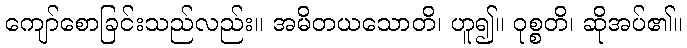
ကျော်စောခြင်းသည်လည်း။ အမိတယသောတိ၊ ဟူ၍။ ဝုစ္စတိ၊ ဆိုအပ်၏။